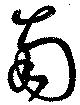
南